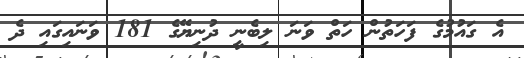
އެ ގައުމުގެ ފަހަތުން ހަތް ވަނަ ލިބެނީ ދުނިޔޭގެ 181 ވަނައިގައި ދެ